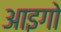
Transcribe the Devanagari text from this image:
आइगो